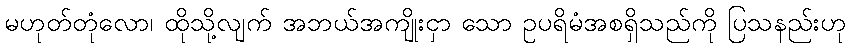
မဟုတ်တုံလော၊ ထိုသို့လျက် အဘယ်အကျိုးငှာ သော ဥပရိမံအစရှိသည်ကို ပြသနည်းဟု